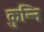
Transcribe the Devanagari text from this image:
कुन्नि